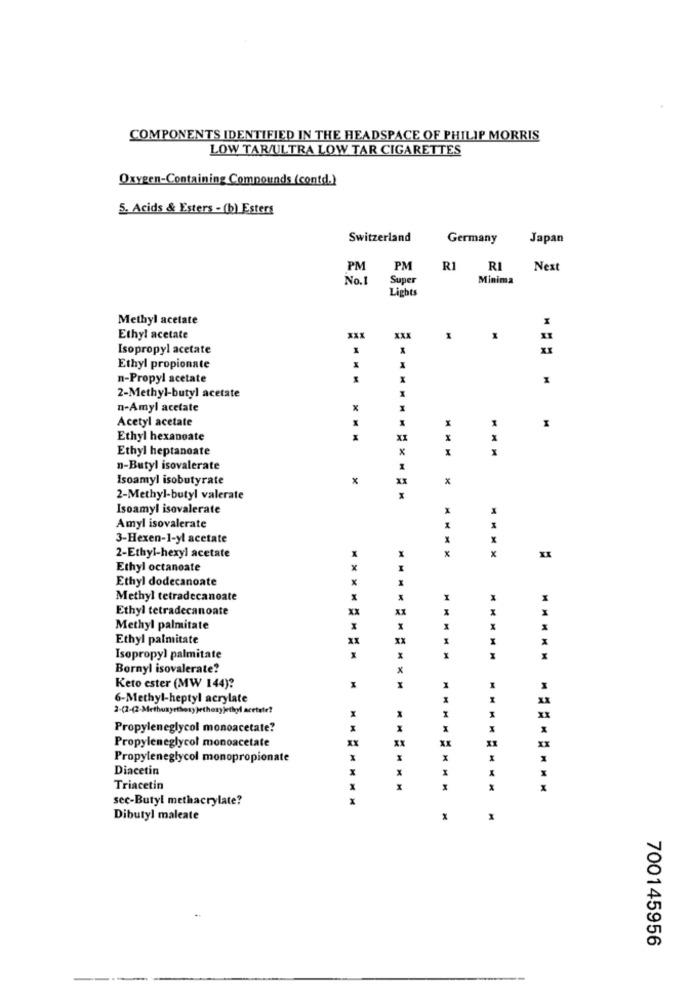
COMPONENTS IDENTIFIED IN THE HEADSPACE OF PHILIP MORRIS
LOW TAR/ULTRA LOW TAR CIGARETTES
Oxygen-Containing Compounds (contd.)
5. Acids & Esters - (b) Esters
Switzerland
Germany
Japan
PM
PM
R1 RI
Next
No.1
Super
Minima
Lights
Methyl acetate
XXX
Ethyl acetate
Isopropyl acetate
Ethyl propionate
n-Propyl acetate
2-Methyl-butyl acetate
n-Amyl acetate
x
Acetyl acetate
Ethyl hexanoate
XX
Ethyl heptanoate
x
x
n-Butyl isovalerate
Isoamyl isobutyrate
2-Methyl-butyl valerate
Isoamyl isovalerate
Amyl isovalerate
3-Hexen-1-yl acetate
X
x
x
2-Ethyl-hexyl acetate
X
Ethyl octanoate
x
Ethyl dodecanoate
Methyl tetradecanoate
H
Ethyl tetradecanoate
XX
Methyl palmitate
M
Ethyl palmitate
XX
xx
M
Isopropyl palmitate
M
Bornyl isovalerate?
*
Keto ester (MW 144)?
x
6-Methyl-heptyl acrylate
Propyleneglycol monoacetate?
Propyleneglycol monoacetate
xx
X1
XX
Propyleneglycol monopropionate
x
Diacetin
x
Triacetin
x
sec-Butyl methacrylate?
x
Dibutyl maleate
M
700145956